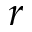
r